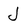
Character: J